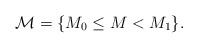
\begin{align*}\mathcal{M}=\{M_0 \leq M < M_1\}.\end{align*}